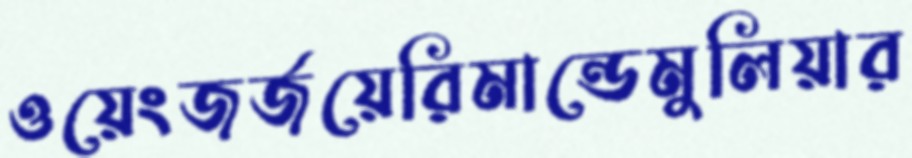
ওয়েংজর্জয়েরিমান্ডেমুলিয়ার